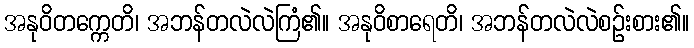
အနုဝိတက္ကေတိ၊ အဘန်တလဲလဲကြံ၏။ အနုဝိစာရေတိ၊ အဘန်တလဲလဲစဉ်းစား၏။